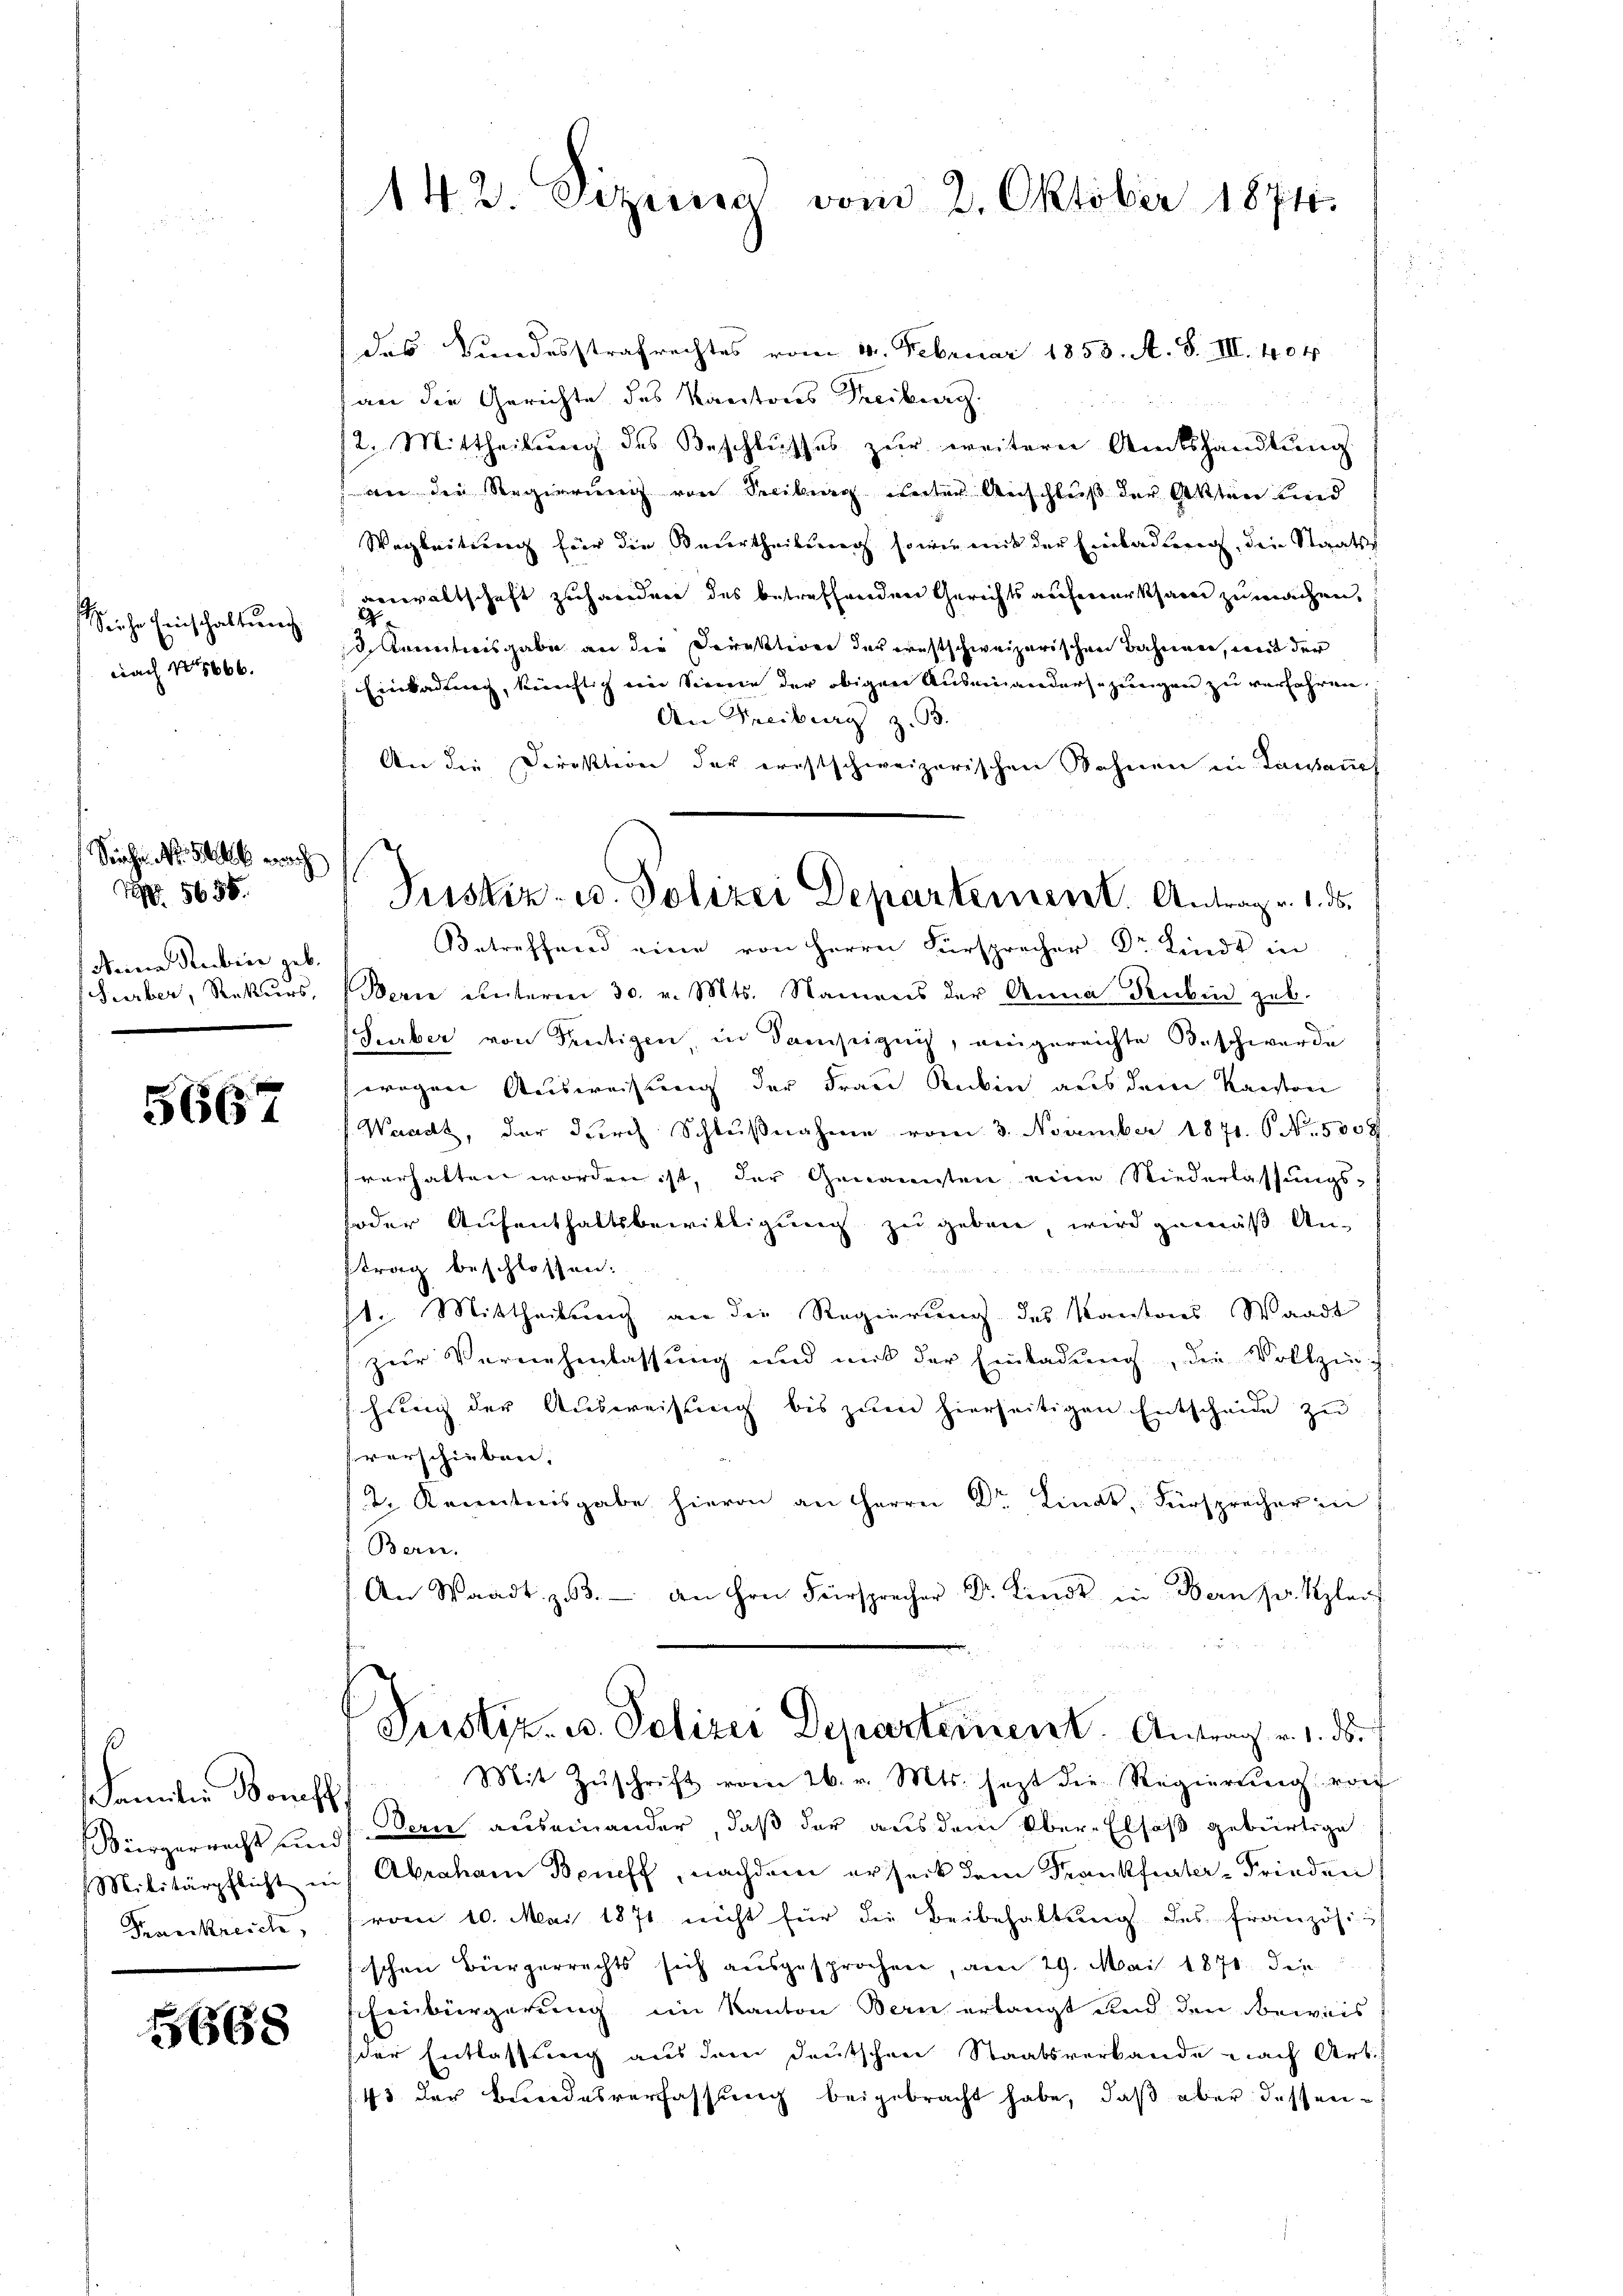
Sieche Einschaltung
nach 10666.

Siechen A. Sie wach
 5658.
Maria Rebier geb.
Surber, Rekurs,

5667

kannten Bonst
Bürgerrecht und
Militärpflicht in
Frankreich,

668

142. Erziera vom 2. Oktober 1874.

des Kindesstrafrechtes vom 14. Februar 1853. A. S. III. 404
an die Gerichte des Kantons Treiburg
12. Mittheilung des Beschlusses zur weitern Amtshandlung
wer der Regierung von Seciburg unter Anschluß der Akten und
Wegleitung für die Beurtheilung sowie mit der Einladung, die Staatsanwaltschaft zuhanden des betreffenden Gerichts aufmerksam zu machen,
2
 Kenntnisgabe an die Direktion der ernstschweizerischen Bahnen, mit der
Einladung, künftig eine Sienie der obigen Auseinandersezungen zu verfahren.
An Freiburg z. B.
An die Direktion der ernstschweizerischen Sohnen in Tagsauf
Betreffend eine von Herrn Fürsprecher Dr. Lindt in
Bern unterm 30. v. Mts. Namens der Anna Rubin geb.
Surber von Frutigen, in Samseignis, eingereichte Beschwerde
wegen Ausweisung der Frau Rubin aus dem Kanton
Waacht, der durch Schlŭβnahme vom 3. November 1871. 6. No. 5009.
verhalten worden ist, der Genannten eine Niederlassungs-
oder Aufenthaltsbewilligung zu geben wird gemäß An-
trag beschlossen:
t. Mittheilung an die Regierung des Kantores Waadt
zur Vernehmlassung und mit der Einladung, die Vollziech
hung der Ausweisung bis zum hierseitigen Entscheide zu
verschieben.
t. Kenntnisgabe hievon an Herrn Dr. Linat, Fürsprecher in
Bern.
 1 Messen
5 000
An Waadt. 33. an Hrn. Fürsprecher Dr. Kind in Bern Hr. Klar
Justiz. B. Polizei Departement. Antrag v. 1. ds.
Mit Zŭschrift vom 26. v. Mts. jetzt die Regierŭng von
Dorie auseinander, daß der aus dem Ober-Elsaß gebürtige
Abraham Beneff, nachdem erseck dem Frankfurter-Frieden
vom 10. Mai 1871 nicht für die Beibehaltung des französis
schen Bürgerrechts sich aŭsgesprochen, am 29. Mai 1871 die
Einbürgerung im Kanton Bern erlangt und den Beweis
der Entlassung aus dem deutschen Staatsverbande nach Art.
43 der Bundesverfassung beigebracht habe, daß aber dessen¬

Justiz- u. Polizei Departement. Antrag v. 1. ds.